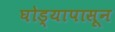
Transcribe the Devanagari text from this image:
घोड्यापासून